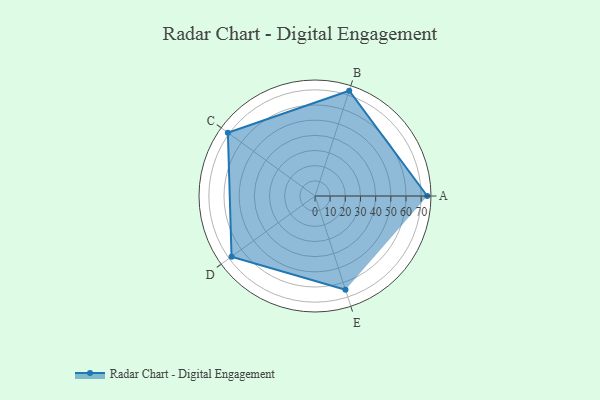
{"axis": {"x": "Skill", "y": "Score"}, "legend": ["Profile"], "data": [{"x": "A", "y": 74.0, "type": "Profile"}, {"x": "B", "y": 73.0, "type": "Profile"}, {"x": "C", "y": 71.0, "type": "Profile"}, {"x": "D", "y": 68.0, "type": "Profile"}, {"x": "E", "y": 65.0, "type": "Profile"}]}